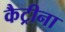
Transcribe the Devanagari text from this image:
कैट्रीना